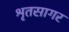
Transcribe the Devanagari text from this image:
श्रृतसागर